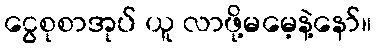
ငွေစုစာအုပ် ယူ လာဖို့မမေ့နဲ့နော်။